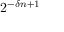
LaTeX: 2 ^ { - \delta n + 1 }